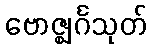
ဗောဇ္ဈင်္ဂသုတ်